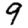
Digit: 9